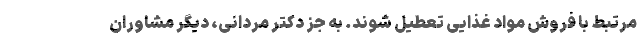
مرتبط با فروش مواد غذایی تعطیل شوند. به جز دکتر مردانی، دیگر مشاوران